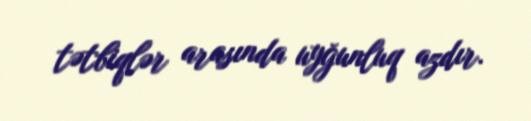
tətbiqlər arasında uyğunluq azdır.